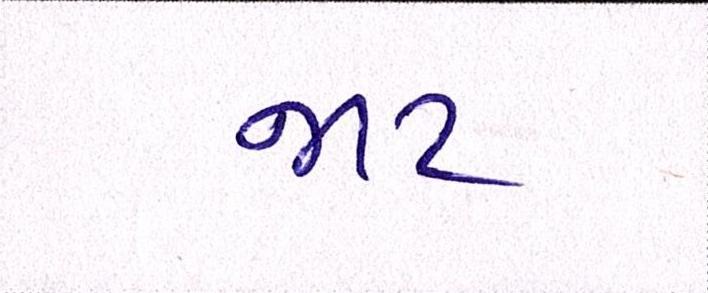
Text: જાટ